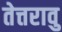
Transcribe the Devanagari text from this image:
तेत्तरावु